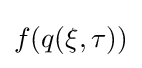
f(q(\xi ,\tau ))